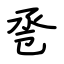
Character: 卺